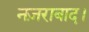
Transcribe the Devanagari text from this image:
नज़राबाद।